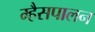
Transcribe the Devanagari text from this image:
म्हैसपालन